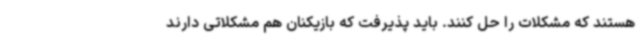
هستند که مشکلات را حل کنند. باید پذیرفت که بازیکنان هم مشکلاتی دارند